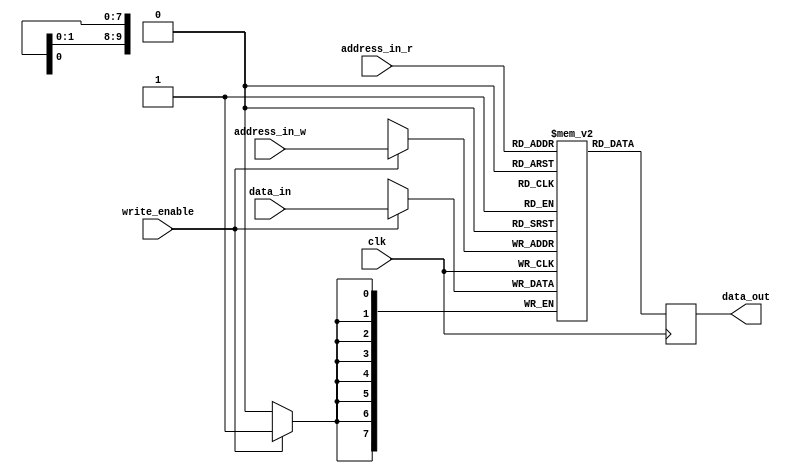
module sync_ram_sdp #(parameter DATA_WIDTH=8, ADDRESS_WIDTH=10)
   (input  wire                      clk, write_enable,
    input  wire  [DATA_WIDTH-1:0]    data_in,
    input  wire  [ADDRESS_WIDTH-1:0] address_in_r, address_in_w,
    output wire  [DATA_WIDTH-1:0]    data_out);
  localparam WORD  = (DATA_WIDTH-1);
  localparam DEPTH = (2**ADDRESS_WIDTH-1);
  reg [WORD:0] data_out_r;
  reg [WORD:0] memory [0:DEPTH];
  always @(posedge clk) begin
    if (write_enable)
      memory[address_in_w] <= data_in;
    data_out_r <= memory[address_in_r];
  end
  assign data_out = data_out_r;
endmodule